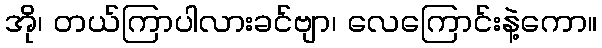
အို၊ တယ်ကြာပါလားခင်ဗျာ၊ လေကြောင်းနဲ့ကော။